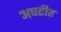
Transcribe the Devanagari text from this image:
अघटीत